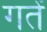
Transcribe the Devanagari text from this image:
गतें